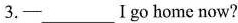
3.——___Ⅰgo home now?